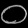
Digit: ၀